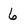
Character: 6